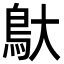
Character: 䲦